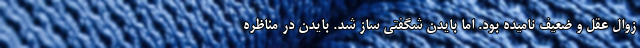
زوال عقل و ضعیف نامیده بود. اما بایدن شگفتی ساز شد. بایدن در مناظره